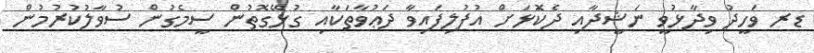
ޑރ ވަހީދު ވިދާޅުވީ ނަޝީދާއި ދެކޮަޅަށް އުފުލިފައިވާ ދަޢުވާތަކާއި ގުޅޭގޮތުން ސީމެގުން ސުވާލުކުރުމުން